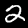
Digit: 2